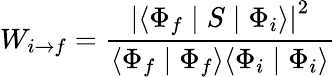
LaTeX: W_{i\rightarrow f}={\frac{{\vert\langle\Phi_{f}\mid S\mid\Phi_{i}\rangle\vert}^{2}}{\langle\Phi_{f}\mid\Phi_{f}\rangle\langle\Phi_{i}\mid\Phi_{i}\rangle}}